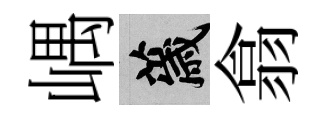
嵎薉翕